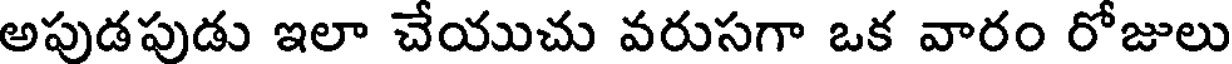
అపుడపుడు ఇలా చేయుచు వరుసగా ఒక వారం రోజులు